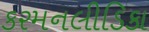
કરમનલીડિકા